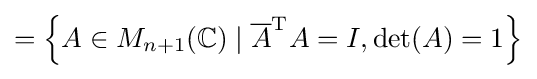
=\left\{A\in M_{n+1}(\mathbb {C} )\mid {\overline {A}}^{\mathrm {T} }A=I,\det(A)=1\right\}